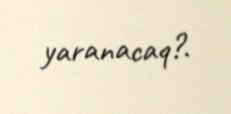
yaranacaq?.